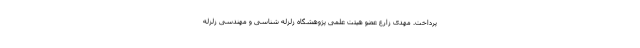
پرداخت. مهدی زارع عضو هیئت علمی پژوهشگاه زلزله شناسی و مهندسی زلزله